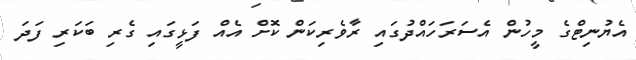
އެޔުނިޓްގެ މީހުން އެސަރަހައްދުގައި ރާވެރިކަން ކޮށް އެއް ފަޅީގައި ގެރި ބަކަރި ފަދަ